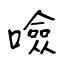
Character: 噞